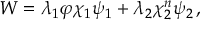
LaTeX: W = \lambda _ { 1 } \varphi \chi _ { 1 } \psi _ { 1 } + \lambda _ { 2 } \chi _ { 2 } ^ { n } \psi _ { 2 } \, ,